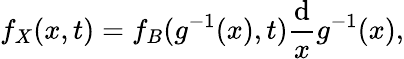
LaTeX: f_{X}(x,t)=f_{B}(g^{-1}(x),t)\frac{\mathrm{d}}{x}g^{-1}(x),